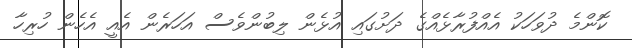
ކޮންމެ ދުވަހަކު އެއްފުރާޅެއްގެ ދަށުގައި އުޅެން ލިބުންވެސް އަހަރެން އެއީ އެހެން ހުރިހާ